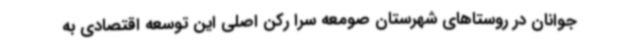
جوانان در روستاهای شهرستان صومعه سرا رکن اصلی این توسعه اقتصادی به